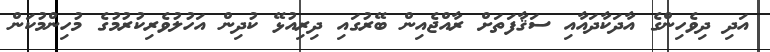
އަދި ދިވެހިންގެ އާދަކާދައާއި ސަޤާފަތަށް ރާއްޖެއިން ބޭރުގައި ދިރިއުޅޭ ކުދިން އަހުލުވެރިކުރުމުގެ މުހިންމުކަން